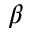
\beta